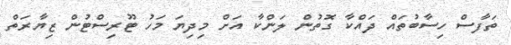
ތަފާސް ހިސާބުތައް ދައްކާ ގޮތުން ލަންކާ އަށް މިދިޔަ މަހު ޓޫރިސްޓުން ޒިޔާރަތް